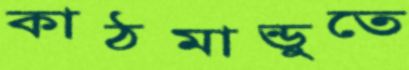
কাঠমান্ডুতে